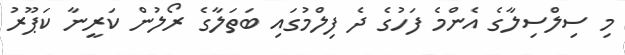
މި ސިލްސިލާގެ އެންމެ ފަހުގެ ދެ ފިލްމުގައި ބަތަލާގެ ރޯލުން ކަރީނާ ކަޕޫރު